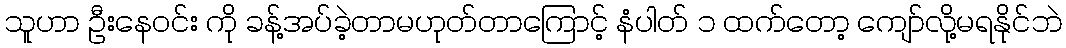
သူဟာ ဦးနေဝင်း ကို ခန့်အပ်ခဲ့တာမဟုတ်တာကြောင့် နံပါတ် ၁ ထက်တော့ ကျော်လို့မရနိုင်ဘဲ